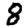
Digit: 8